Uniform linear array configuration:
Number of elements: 8
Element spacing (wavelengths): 0.75
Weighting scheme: exponential
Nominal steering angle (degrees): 60
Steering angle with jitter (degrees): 61.783
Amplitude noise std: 0.05
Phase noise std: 0.05

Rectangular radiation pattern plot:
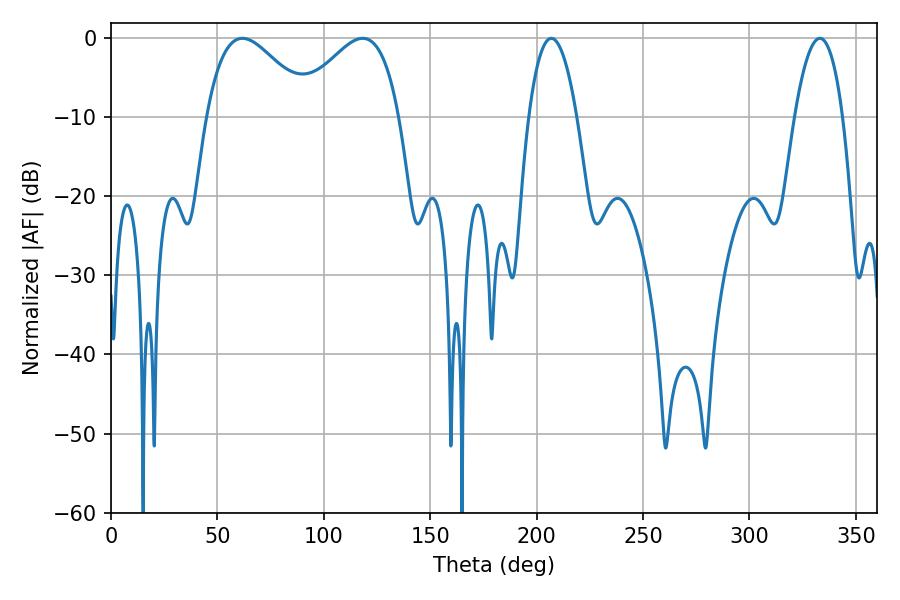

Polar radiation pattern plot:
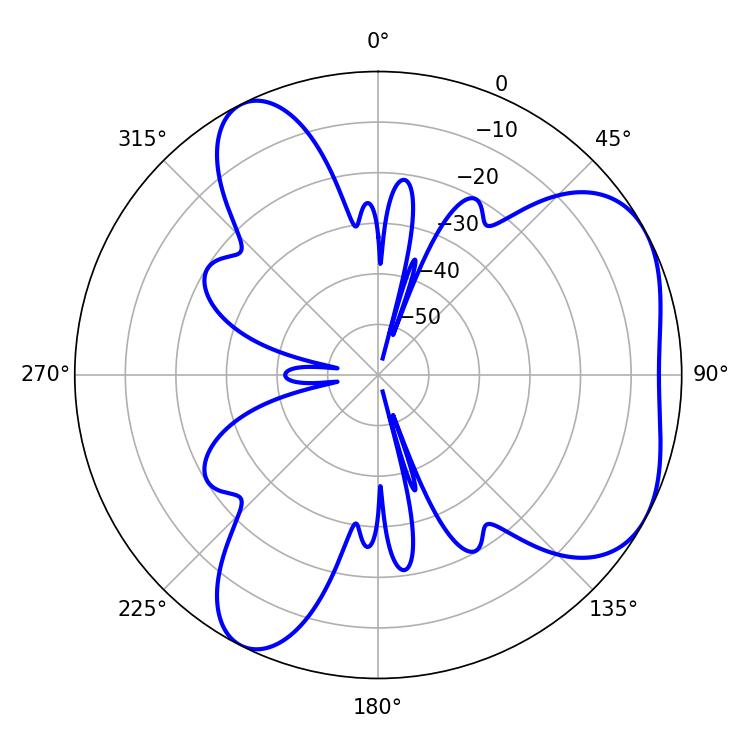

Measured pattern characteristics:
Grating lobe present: TRUE
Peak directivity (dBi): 4.788
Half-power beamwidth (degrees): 26.64
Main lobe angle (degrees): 61.74